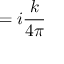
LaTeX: = i { \frac { k } { 4 \pi } }